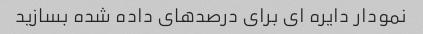
نمودار دایره ای برای درصدهای داده شده بسازید